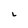
Character: L